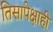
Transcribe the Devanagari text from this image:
तिसापेक्षाही